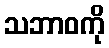
သဘာဝကို